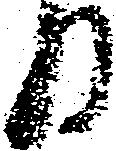
日